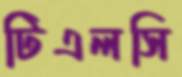
টিএলসি